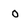
Character: O